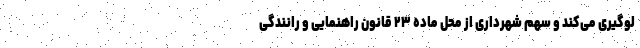
لوگیری می‌کند و سهم شهرداری از محل ماده ۲۳ قانون راهنمایی و رانندگی